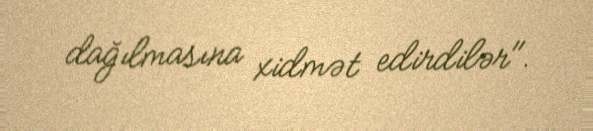
dağılmasına xidmət edirdilər".